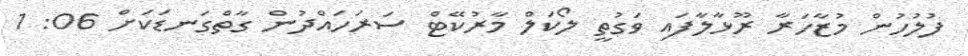
ފުލުހުން މުޒާހަރާ ރޫޅާލާފައި ވަގުތީ ލޯކަލް މާރުކޭޓް ސަރަހައްދުން ގާތްގަނޑަކަށް 06: 1